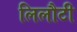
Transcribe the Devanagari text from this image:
लिलौटी